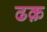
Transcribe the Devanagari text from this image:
ढक़